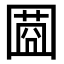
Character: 𡈌